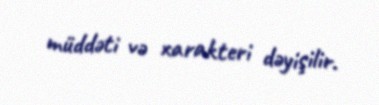
müddəti və xarakteri dəyişilir.